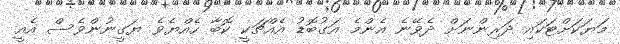
މަޔަކަށްޓަކައި ދަރިންނަށް ދެވޭނެ އެންމެ އަގުބޮޑު އެއްޗަކީ ކޮބާ ހެއްޔެވެ ޔަގީނުންވެސް އެއީ